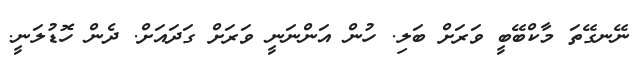
ނޭނގޭތަ މާކްބޭބީ ވަރަށް ބަލި. ހުން އަންނަނީ ވަރަށް ގަދައަށް. ދެން ހޮޑުލަނީ.